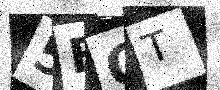
Text: 5FOT